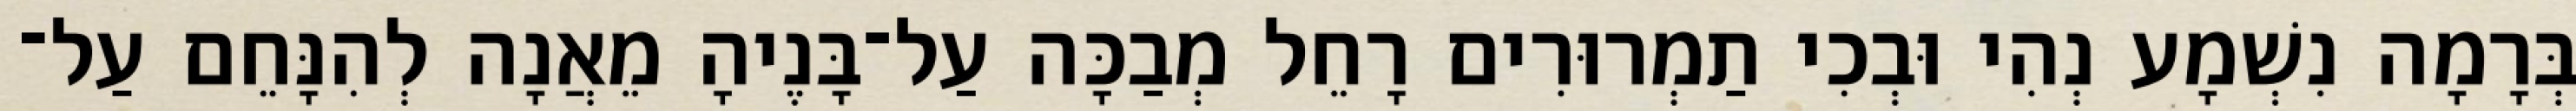
בְּרָמָה נִשְׁמָע נְהִי וּבְכִי תַמְרוּרִים רָחֵל מְבַכָּה עַל־בָּנֶיהָ מֵאֲנָה לְהִנָּחֵם עַל־